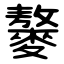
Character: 䵅